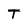
Character: T